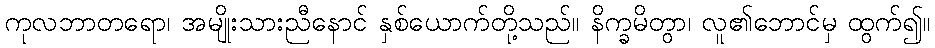
ကုလဘာတရော၊ အမျိုးသားညီနောင် နှစ်ယောက်တို့သည်။ နိက္ခမိတွာ၊ လူ၏ဘောင်မှ ထွက်၍။